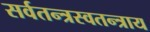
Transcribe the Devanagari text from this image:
सर्वतन्त्रस्वतन्त्राय